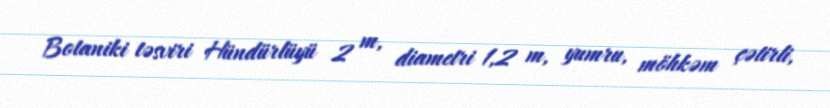
Botaniki təsviri Hündürlüyü 2 m, diametri 1,2 m, yumru, möhkəm çətirli,